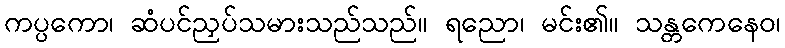
ကပ္ပကော၊ ဆံပင်ညှပ်သမားသည်သည်။ ရညော၊ မင်း၏။ သန္တကေနေဝ၊